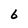
Character: 6